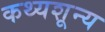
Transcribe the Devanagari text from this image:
कथ्यशून्य